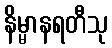
နိမ္မာနရတီသု